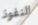
النفوذ